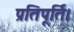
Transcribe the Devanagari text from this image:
प्रतिपूर्ति।